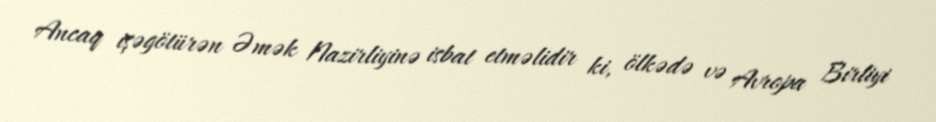
Ancaq işəgötürən Əmək Nazirliyinə isbat etməlidir ki, ölkədə və Avropa Birliyi